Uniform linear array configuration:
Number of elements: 64
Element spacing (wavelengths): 0.75
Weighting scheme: cosine
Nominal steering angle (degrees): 45
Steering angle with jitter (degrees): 43.265
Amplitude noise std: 0.05
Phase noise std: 0.05

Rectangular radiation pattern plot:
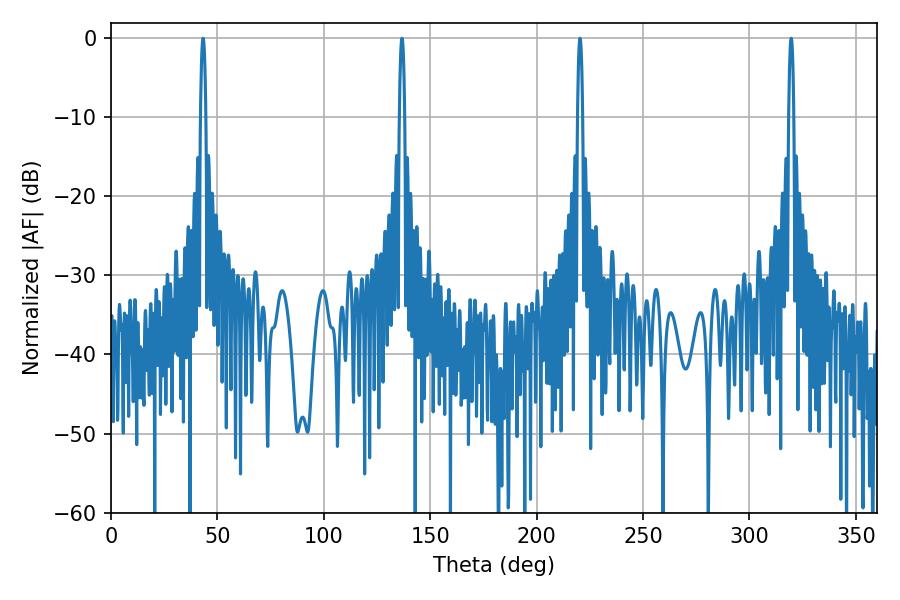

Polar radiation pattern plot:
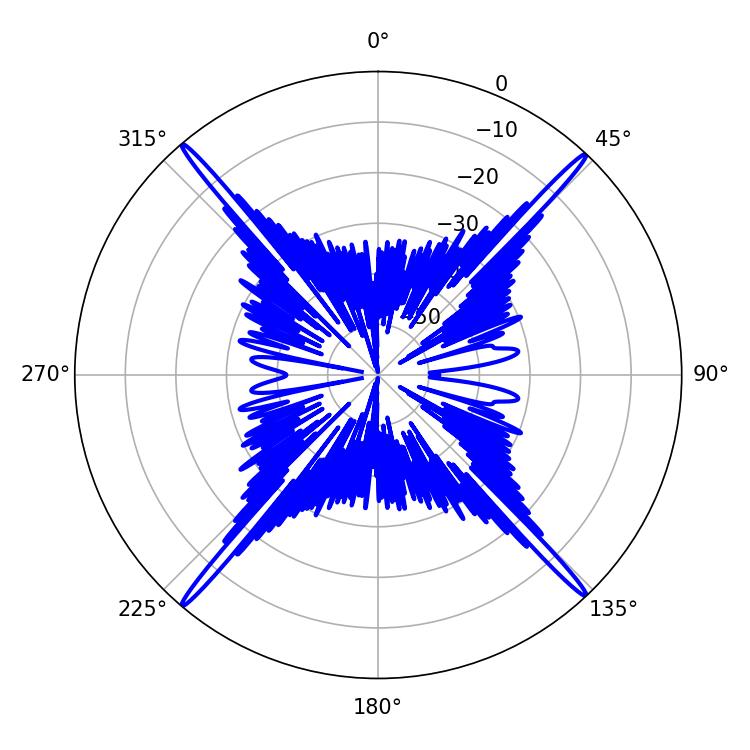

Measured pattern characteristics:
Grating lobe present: TRUE
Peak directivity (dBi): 27.18
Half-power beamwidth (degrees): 1.26
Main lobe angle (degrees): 220.32